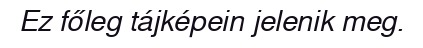
Ez főleg tájképein jelenik meg.